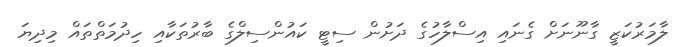
ލާމަރުކަޒީ ގާނޫނަށް ގެނައި އިސްލާހުގެ ދަށުން ސިޓީ ކައުންސިލްގެ ބާރުތަކާއި ހިދުމަތްތައް މިދިޔަ